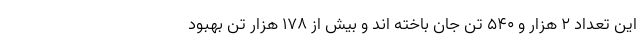
این تعداد ۲ هزار و ۵۴۰ تن جان باخته اند و بیش از ۱۷۸ هزار تن بهبود